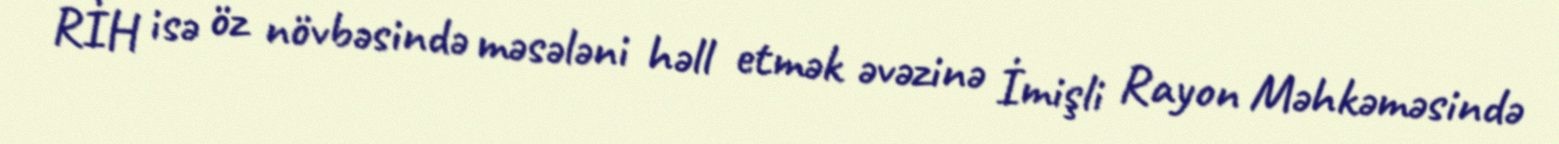
RİH isə öz növbəsində məsələni həll etmək əvəzinə İmişli Rayon Məhkəməsində